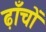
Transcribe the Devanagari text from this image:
ढ़ाँचों